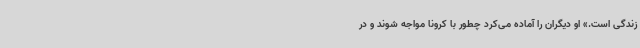
زندگی است.» او دیگران را آماده می‌کرد چطور با کرونا مواجه شوند و در